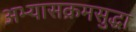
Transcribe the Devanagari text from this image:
अभ्यासक्रमसुद्धा